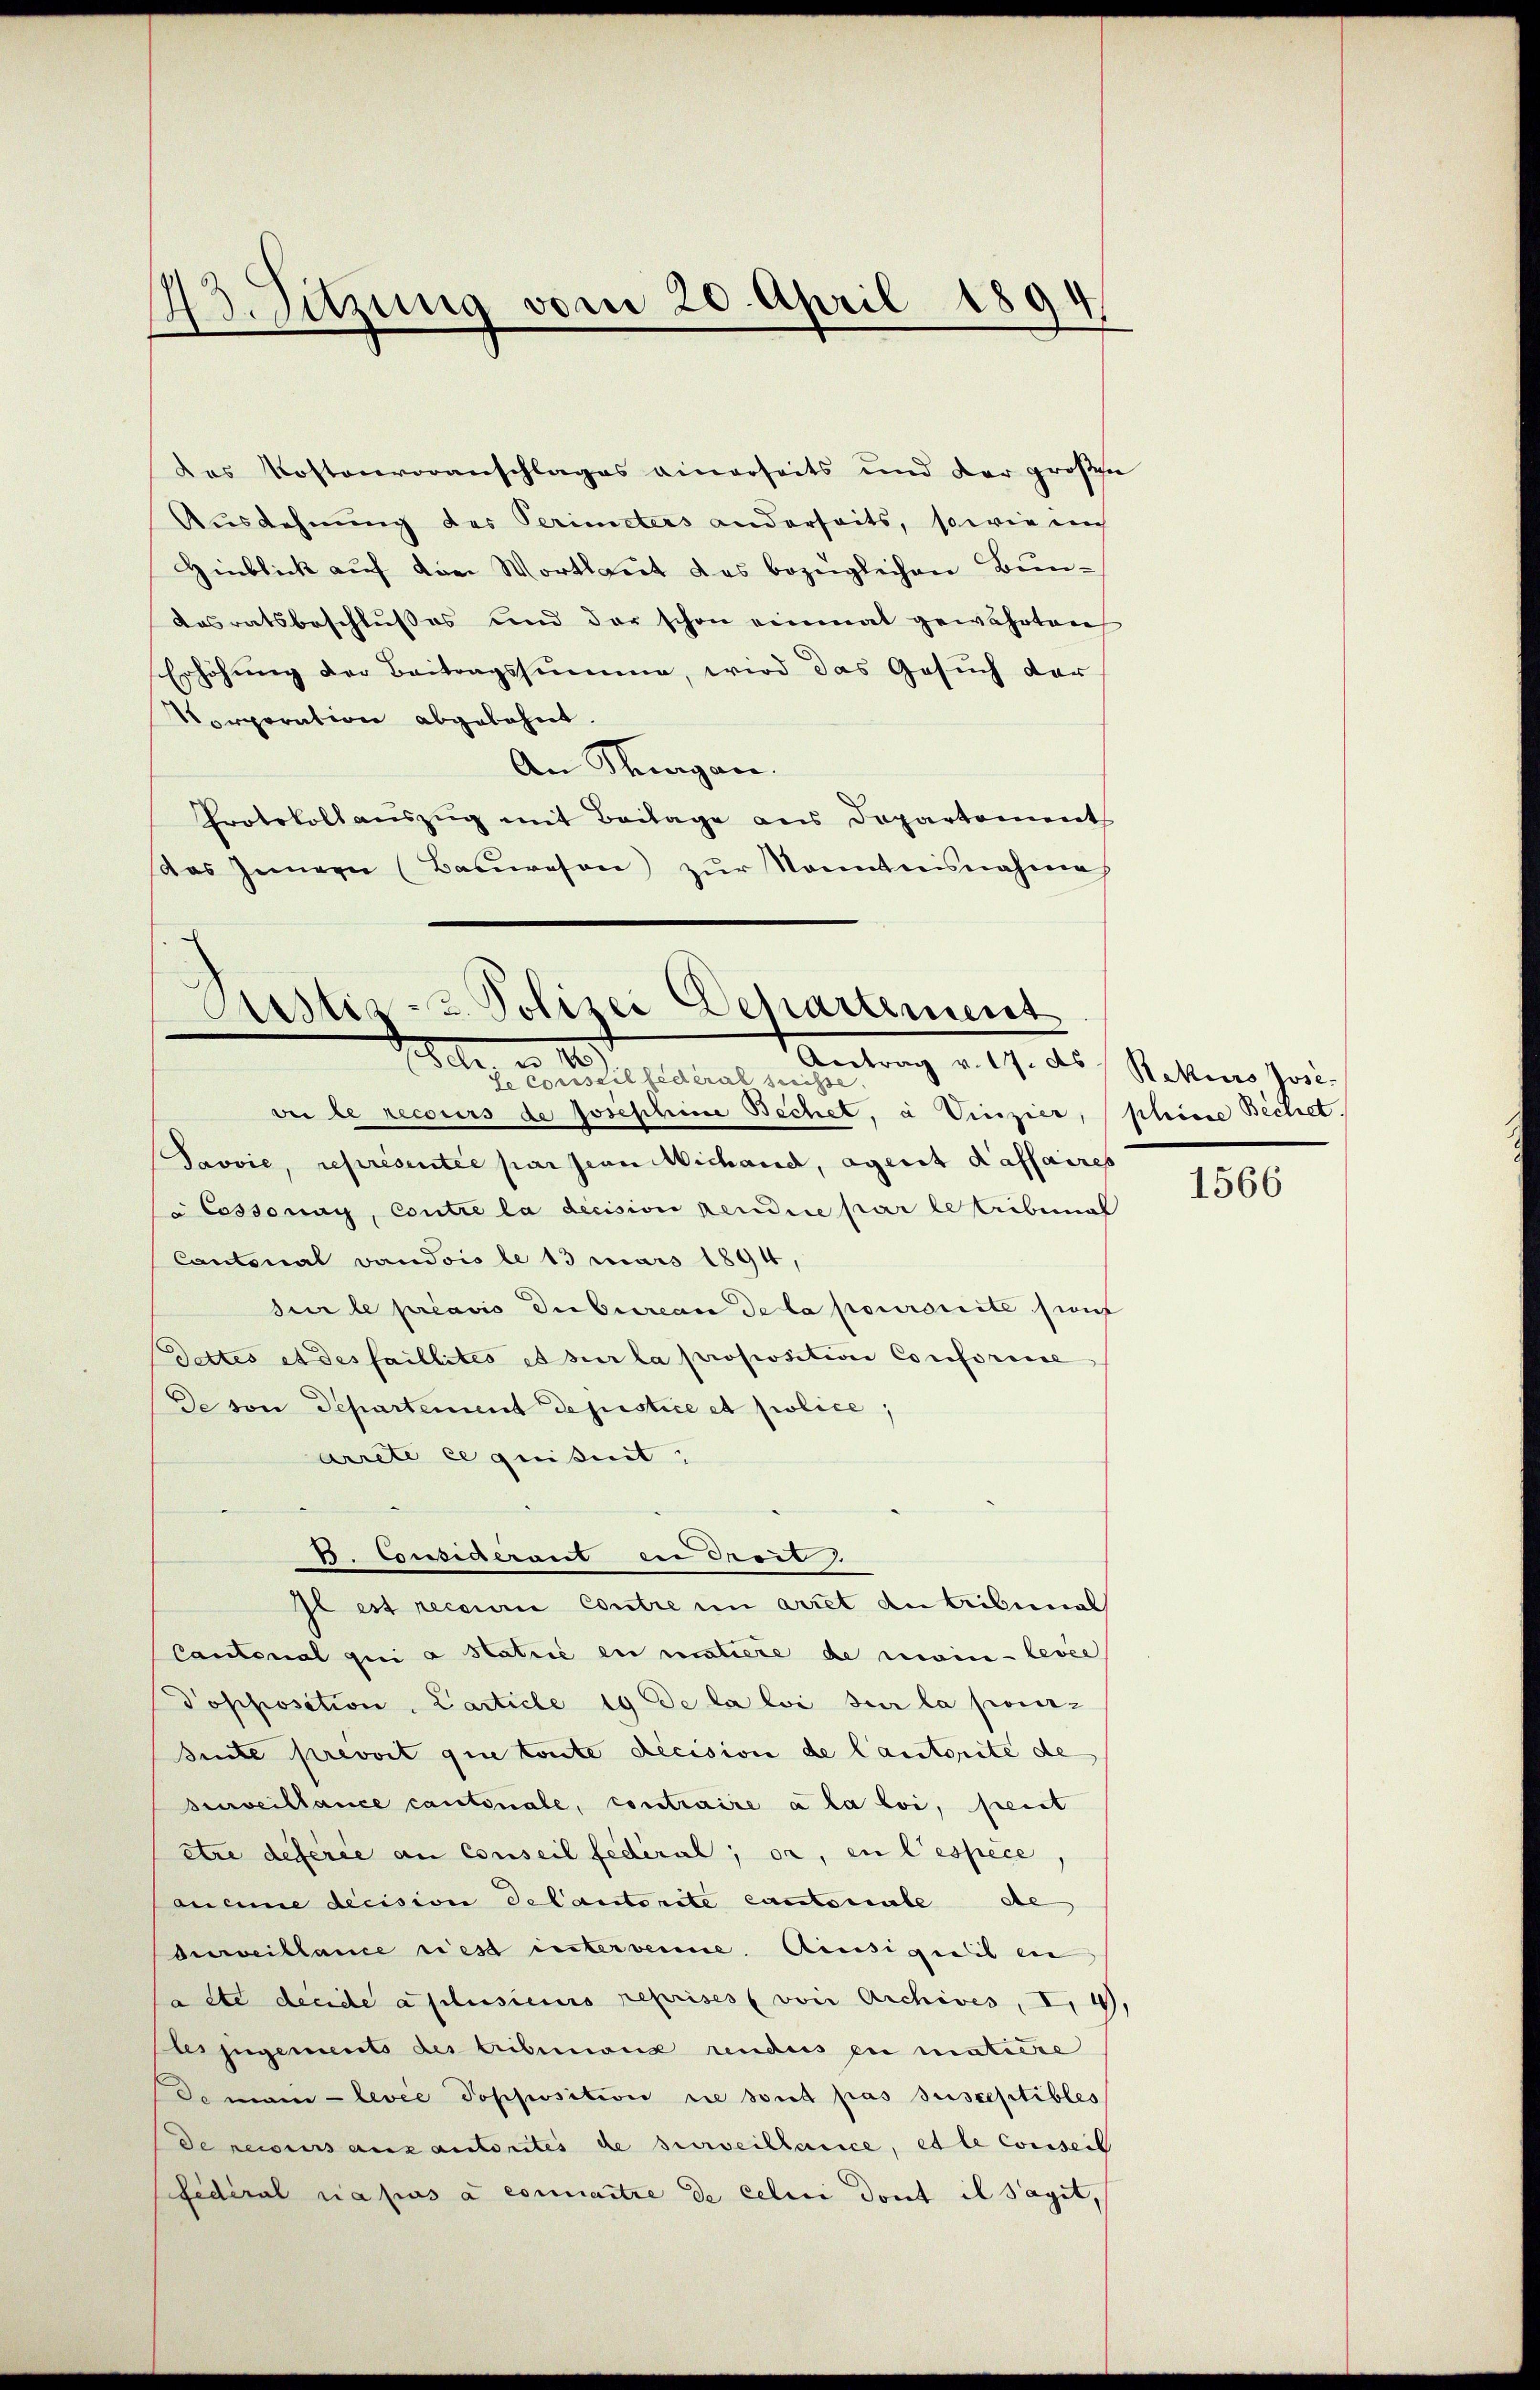
das Kostenvoranschlages einerseits und der großen
Ausdehnung des Perimeters anderseits, sowie auch
Hinblick auf von Wortlaut das bezüglichen Bun¬
Aasratsbeschlŭsses und der schon einmal gewährten
Erhöhung der Beitragssumme, wird das Gesuch der
Corporation abgelehnt.
An Thurgau.
Protokoll auszug mit Beilage aus Departement
das Innern (Bauwesen zŭr Nontnisnahme

13. Sitzung vom 20. April 1894

Astiz- & Polizei Departement
1 1891
Antrag v. 17. ds Rekurs Jose

de Conseil fédéral Suisse
bei le recours de Josephine Bechet, à Vinzier, pleine Bechet.
Pavvie, représentée par sian Michand, agent Kaffaires
à Cossonay, Contre la decision pendice par le tribunal
Cantonal vaudois le 13 mars 1894,
sur le préavis du bureau de la poursuite sienf
dettes et des faillités et sur la proposition Conforme
De von Departement depistice et police,
arrete ce quisit
D. Considerant in Seit
Il est recarii Contre im arret du Tribunal
Cantonal qui a statiié en matiere de main-levée
Vopposition, Carticle 19 de la loi sur la pour-
suite prevoit que toute Recision de lautorite de
surveillance cantonale, contraire à la loi, seit
etze deferie an Conseil fédéral; or, in Cespèce,
ancie decision de l’autorite castonale de
durveillance riest intervenne. Ainsignis en
atte decide a plusieurs reprises von Archives, I. 4,
tes zugements des tribunaus rendes ein matiere
emain-levée dopposition ne soit pas susceptibles
de recours aux autorites de surveillance, et le Conseil
fidéral la pas à connaitre de celui dont il saget,

1566